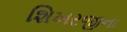
શિખરજીના